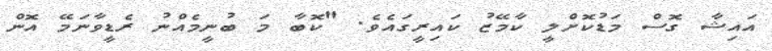
އައިޝާ ގޮސް މަޑުކޮށްލީ ކާމޭޒު ކައިރީގައެވެ. "ކޮބާ މަ ބުނީމެއްނު ރެޑީވާނަމޭ އޮން